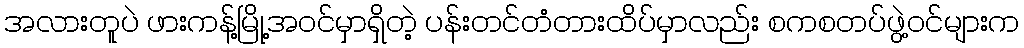
အလားတူပဲ ဖားကန့်မြို့အဝင်မှာရှိတဲ့ ပန်းတင်တံတားထိပ်မှာလည်း စကစတပ်ဖွဲ့ဝင်များက